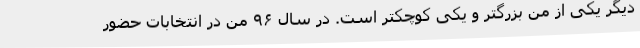
دیگر یکی از من بزرگتر و یکی کوچکتر است. در سال ۹۶ من در انتخابات حضور